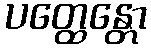
ပတ္ထေန္တော